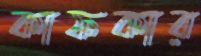
কাফকার